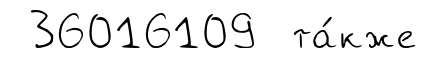
36016109 та́кже